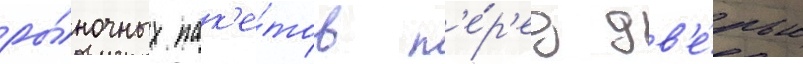
ры́ночных пак'е́тов п'е́р'ед дв'е́рью